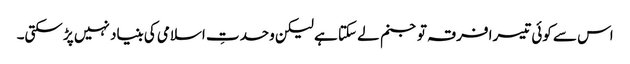
اس سے کوئی تیسرا فرقہ تو جنم لے سکتا ہے لیکن وحدتِ اسلامی کی بنیاد نہیں پڑ سکتی۔